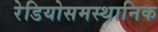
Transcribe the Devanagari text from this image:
रेडियोसमस्थानिक